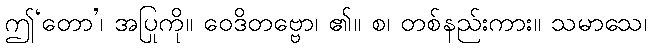
ဤ‘တော’၊ အပြုကို။ ဝေဒိတဗ္ဗော၊ ၏။ စ၊ တစ်နည်းကား။ သမာသေ၊